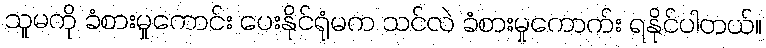
သူမကို ခံစားမှုကောင်း ပေးနိုင်ရုံမက သင်လဲ ခံစားမှုကောက်း ရနိုင်ပါတယ်။